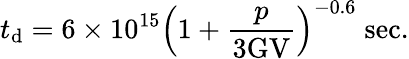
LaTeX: t_{\mathrm{d}}=6\times10^{15}\left(1+\frac{{p}}{{3\mathrm{{GV}}}}\right)^{-0.6}\; \mathrm{{sec}}.